Calcutta medical institutions reports 1892-1900
Year: 1892
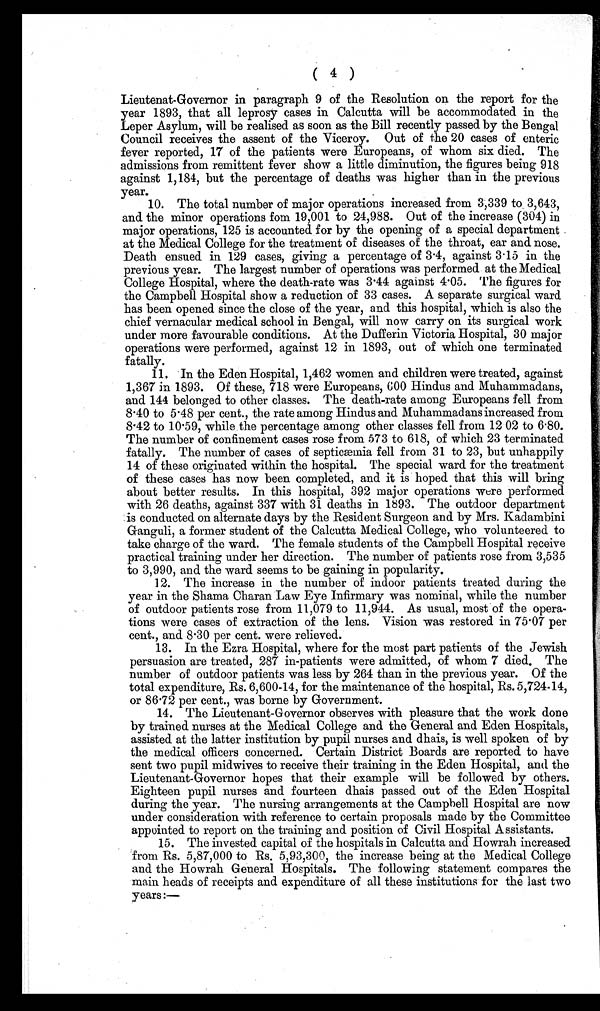
( 4 )
Lieutenat-Governor in paragraph 9 of the Resolution on the report for the
year 1893, that all leprosy cases in Calcutta will be accommodated in the
Leper Asylum, will be realised as soon as the Bill recently passed by the Bengal
Council receives the assent of the Viceroy. Out of the 20 cases of enteric
fever reported, 17 of the patients were Europeans, of whom six died. The
admissions from remittent fever show a little diminution, the figures being 918
against 1,184, but the percentage of deaths was higher than in the previous
year.
10. The total number of major operations increased from 3,339 to 3,643,
and the minor operations fom 19,001 to 24,988. Out of the increase (304) in
major operations, 125 is accounted for by the opening of a special department
at the Medical College for the treatment of diseases of the throat, ear and nose.
Death ensued in 129 cases, giving a percentage of 3.4, against 3.15 in the
previous year. The largest number of operations was performed at the Medical
College Hospital, where the death-rate was 3.44 against 4.05. The figures for
the Campbell Hospital show a reduction of 33 cases. A separate surgical ward
has been opened since the close of the year, and this hospital, which is also the
chief vernacular medical school in Bengal, will now carry on its surgical work
under more favourable conditions. At the Dufferin Victoria Hospital, 30 major
operations were performed, against 12 in 1893, out of which one terminated
fatally.
11. In the Eden Hospital, 1,462 women and children were treated, against
1,367 in 1893. Of these, 718 were Europeans, 600 Hindus and Muhammadans,
and 144 belonged to other classes. The death-rate among Europeans fell from
8.40 to 5.48 per cent., the rate among Hindus and Muhammadans increased from
8.42 to 10.59, while the percentage among other classes fell from 12.02 to 6.80.
The number of confinement cases rose from 573 to 618, of which 23 terminated
fatally. The number of cases of septicæmia fell from 31 to 23, but unhappily
14 of these originated within the hospital. The special ward for the treatment
of these cases has now been completed, and it is hoped that this will bring
about better results. In this hospital, 392 major operations were performed
with 26 deaths, against 337 with 31 deaths in 1893. The outdoor department
is conducted on alternate days by the Resident Surgeon and by Mrs. Kadambini
Ganguli, a former student of the Calcutta Medical College, who volunteered to
take charge of the ward. The female students of the Campbell Hospital receive
practical training under her direction. The number of patients rose from 3,535
to 3,990, and the ward seems to be gaining in popularity.
12. The increase in the number of indoor patients treated during the
year in the Shama Charan Law Eye Infirmary was nominal, while the number
of outdoor patients rose from 11,079 to 11,944. As usual, most of the opera-
tions were cases of extraction of the lens. Vision was restored in 75.07 per
cent., and 8.30 per cent. were relieved.
13. In the Ezra Hospital, where for the most part patients of the Jewish
persuasion are treated, 287 in-patients were admitted, of whom 7 died. The
number of outdoor patients was less by 264 than in the previous year. Of the
total expenditure, Rs. 6,600-14, for the maintenance of the hospital, Rs. 5,724.14,
or 86.72 per cent., was borne by Government.
14. The Lieutenant-Governor observes with pleasure that the work done
by trained nurses at the Medical College and the General and Eden Hospitals,
assisted at the latter institution by pupil nurses and dhais, is well spoken of by
the medical officers concerned. Certain District Boards are reported to have
sent two pupil midwives to receive their training in the Eden Hospital, and the
Lieutenant-Governor hopes that their example will be followed by others.
Eighteen pupil nurses and fourteen dhais passed out of the Eden Hospital
during the year. The nursing arrangements at the Campbell Hospital are now
under consideration with reference to certain proposals made by the Committee
appointed to report on the training and position of Civil Hospital Assistants.
15. The invested capital of the hospitals in Calcutta and Howrah increased
from Rs. 5,87,000 to Rs. 5,93,300, the increase being at the Medical College
and the Howrah General Hospitals. The following statement compares the
main heads of receipts and expenditure of all these institutions for the last two
years :—